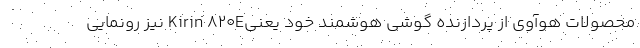
محصولات هوآوی از پردازنده گوشی هوشمند خود یعنیKirin 820E نیز رونمایی